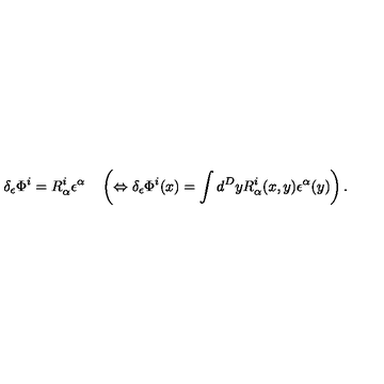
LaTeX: \delta _ { \epsilon } \Phi ^ { i } = R _ { \alpha } ^ { i } \epsilon ^ { \alpha } \quad \left( \Leftrightarrow \delta _ { \epsilon } \Phi ^ { i } ( x ) = \int d ^ { D } y R _ { \alpha } ^ { i } ( x , y ) \epsilon ^ { \alpha } ( y ) \right) .